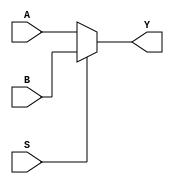
`timescale 1ns / 1ps
//////////////////////////////////////////////////////////////////////////////////
// Company: 
// Engineer: 
// 
// Design Name: 
// Module Name:    Mux 
// Project Name: 
// Target Devices: 
// Tool versions: 
// Description: 
//
// Dependencies: 
//
// Revision: 
// Revision 0.01 - File Created
// Additional Comments: 
//
//////////////////////////////////////////////////////////////////////////////////
module Mux(
    input [31:0]A,		//Entrada 0 de 32 bits
    input [31:0]B,		//Entrada 1 de 32 bits
    input S,				//Entrada de seleccion de 1 bit
    output reg [31:0]Y	//Salida de data seleccionada de 32 bits
    );

always @*		//Seleccion de data dependiendo de valor de S 
    if(S)
		Y = B;	//Si es uno, escoge B
	 else
		Y = A;	//Si es cero, escoge A

endmodule